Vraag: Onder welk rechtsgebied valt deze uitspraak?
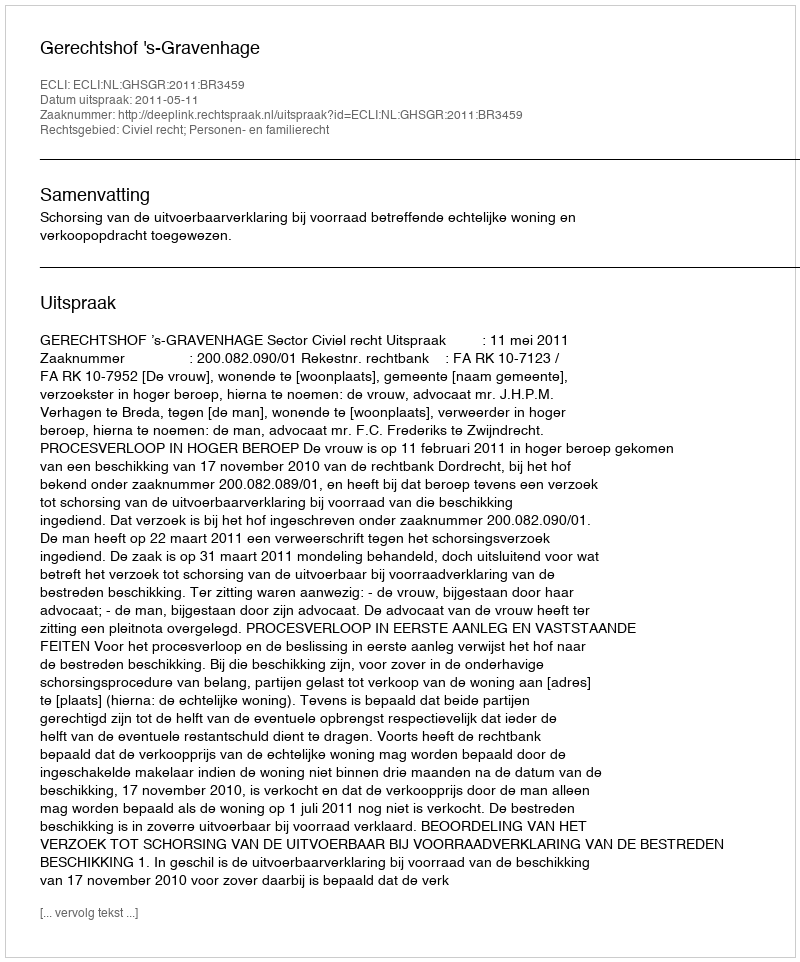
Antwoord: Civiel recht; Personen- en familierecht